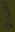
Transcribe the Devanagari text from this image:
द्वेै